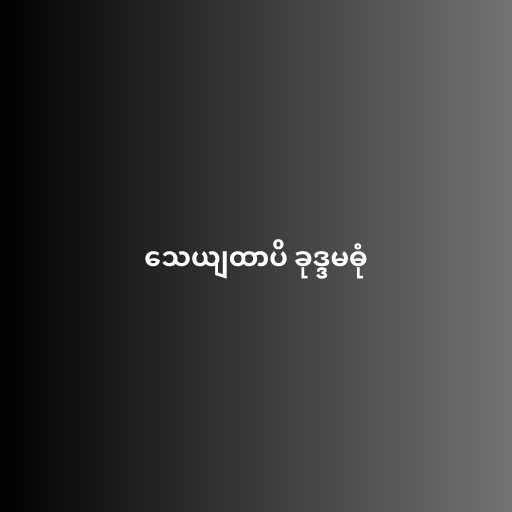
သေယျထာပိ ခုဒ္ဒမဓုံ